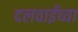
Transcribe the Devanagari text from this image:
दलवाईंच्या